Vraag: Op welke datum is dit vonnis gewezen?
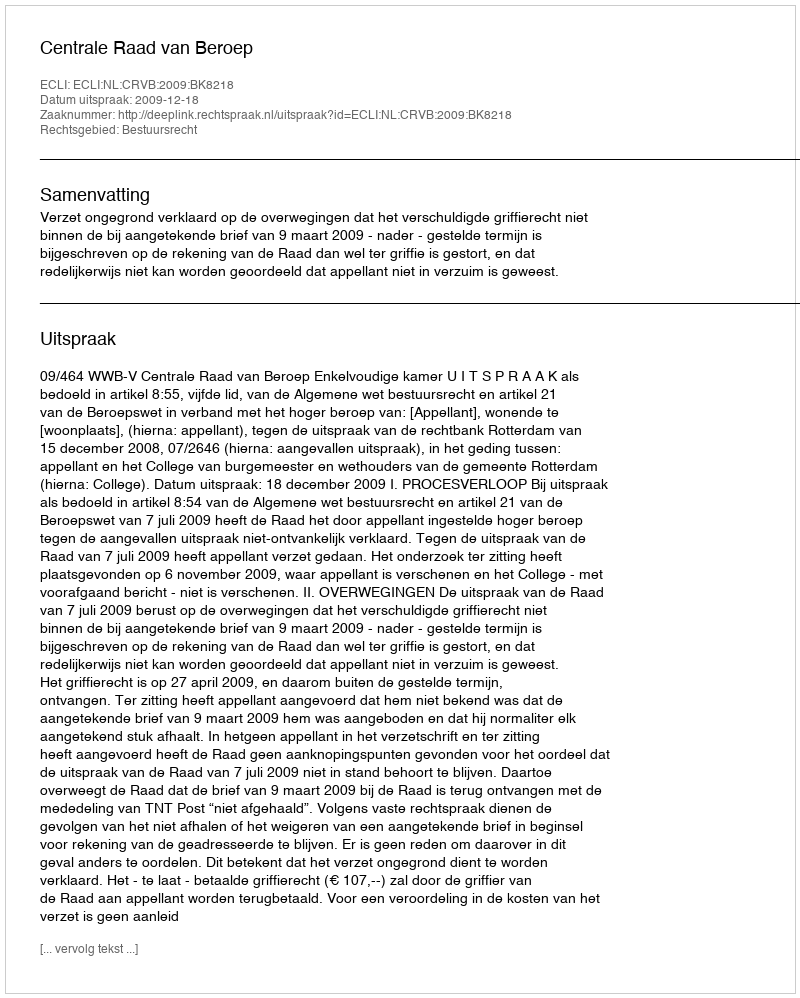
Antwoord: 2009-12-18